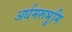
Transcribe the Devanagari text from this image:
अर्धमरूभूमि